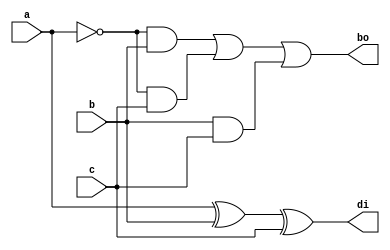
module fullsub(a,b,c,bo,di);
  
input a,b,c;
output di,bo;
  
assign di=a^b^c;  // difference
assign bo=(~a&b)|(~a&c)|(b&c);    // borrow
  
endmodule

module testbench();
  
reg a,b,c;
wire bo,di;
  
fullsub sa(a,b,c,bo,di);
  
always #1 c=~c;
always #2 b=~b;
always #4 a=~a;
initial
begin
a=0; b=0; c=0;
#8 $finish;
end
endmodule